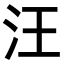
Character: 汪